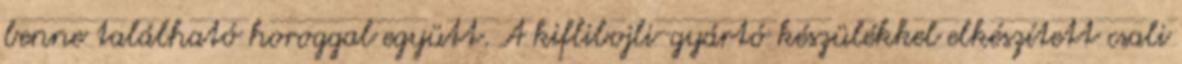
benne található horoggal együtt. A kiflibojli-gyártó készülékkel elkészített csali